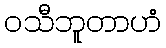
ဝသီဘူတာဟံ